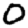
Digit: 0